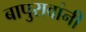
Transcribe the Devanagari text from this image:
बापुरावांनी